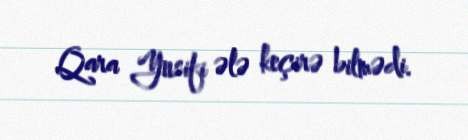
Qara Yusifi ələ keçirə bilmədi.